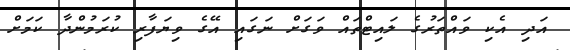
އަދި އެކި ވައްތަރުގެ ލައިޓްތައް ވަގަށް ނަގައި އޭގެ ވިޔަފާރި ކުރަމުންދާ ކަމަށް